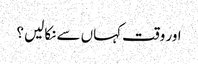
اور وقت کہاں سے نکالیں ؟